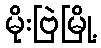
မိုးဗြဲမြို့